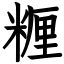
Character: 糎